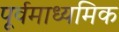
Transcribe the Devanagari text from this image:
पूर्वमाध्यमिक